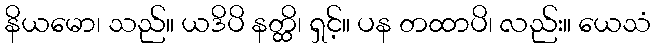
နိယမော၊ သည်။ ယဒိပိ နတ္ထိ၊ ရှင့်။ ပန တထာပိ၊ လည်း။ ယေသံ